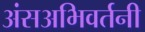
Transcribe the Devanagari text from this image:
अंसअभिवर्तनी